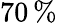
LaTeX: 70\, \%